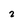
Character: z